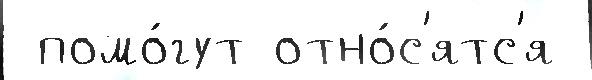
 помо́гут отно́с'ятс'я